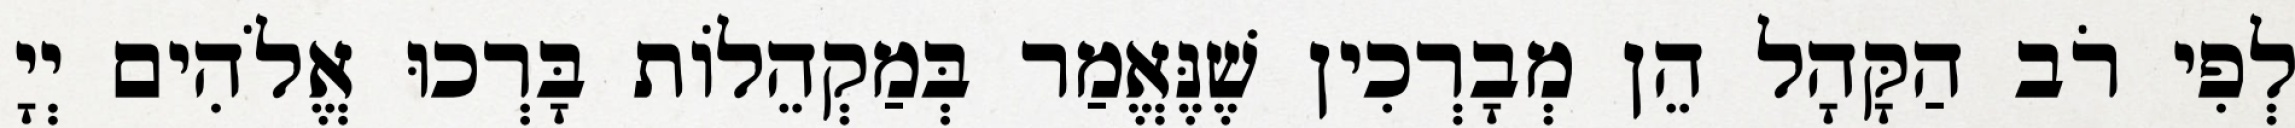
לְפִי רֹב הַקָּהָל הֵן מְבָרְכִין שֶׁנֶּאֱמַר בְּמַקְהֵלוֹת בָּרְכוּ אֱלֹהִים יְיָ